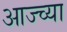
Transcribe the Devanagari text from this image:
आज्च्या